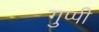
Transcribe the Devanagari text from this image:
गुप्पी